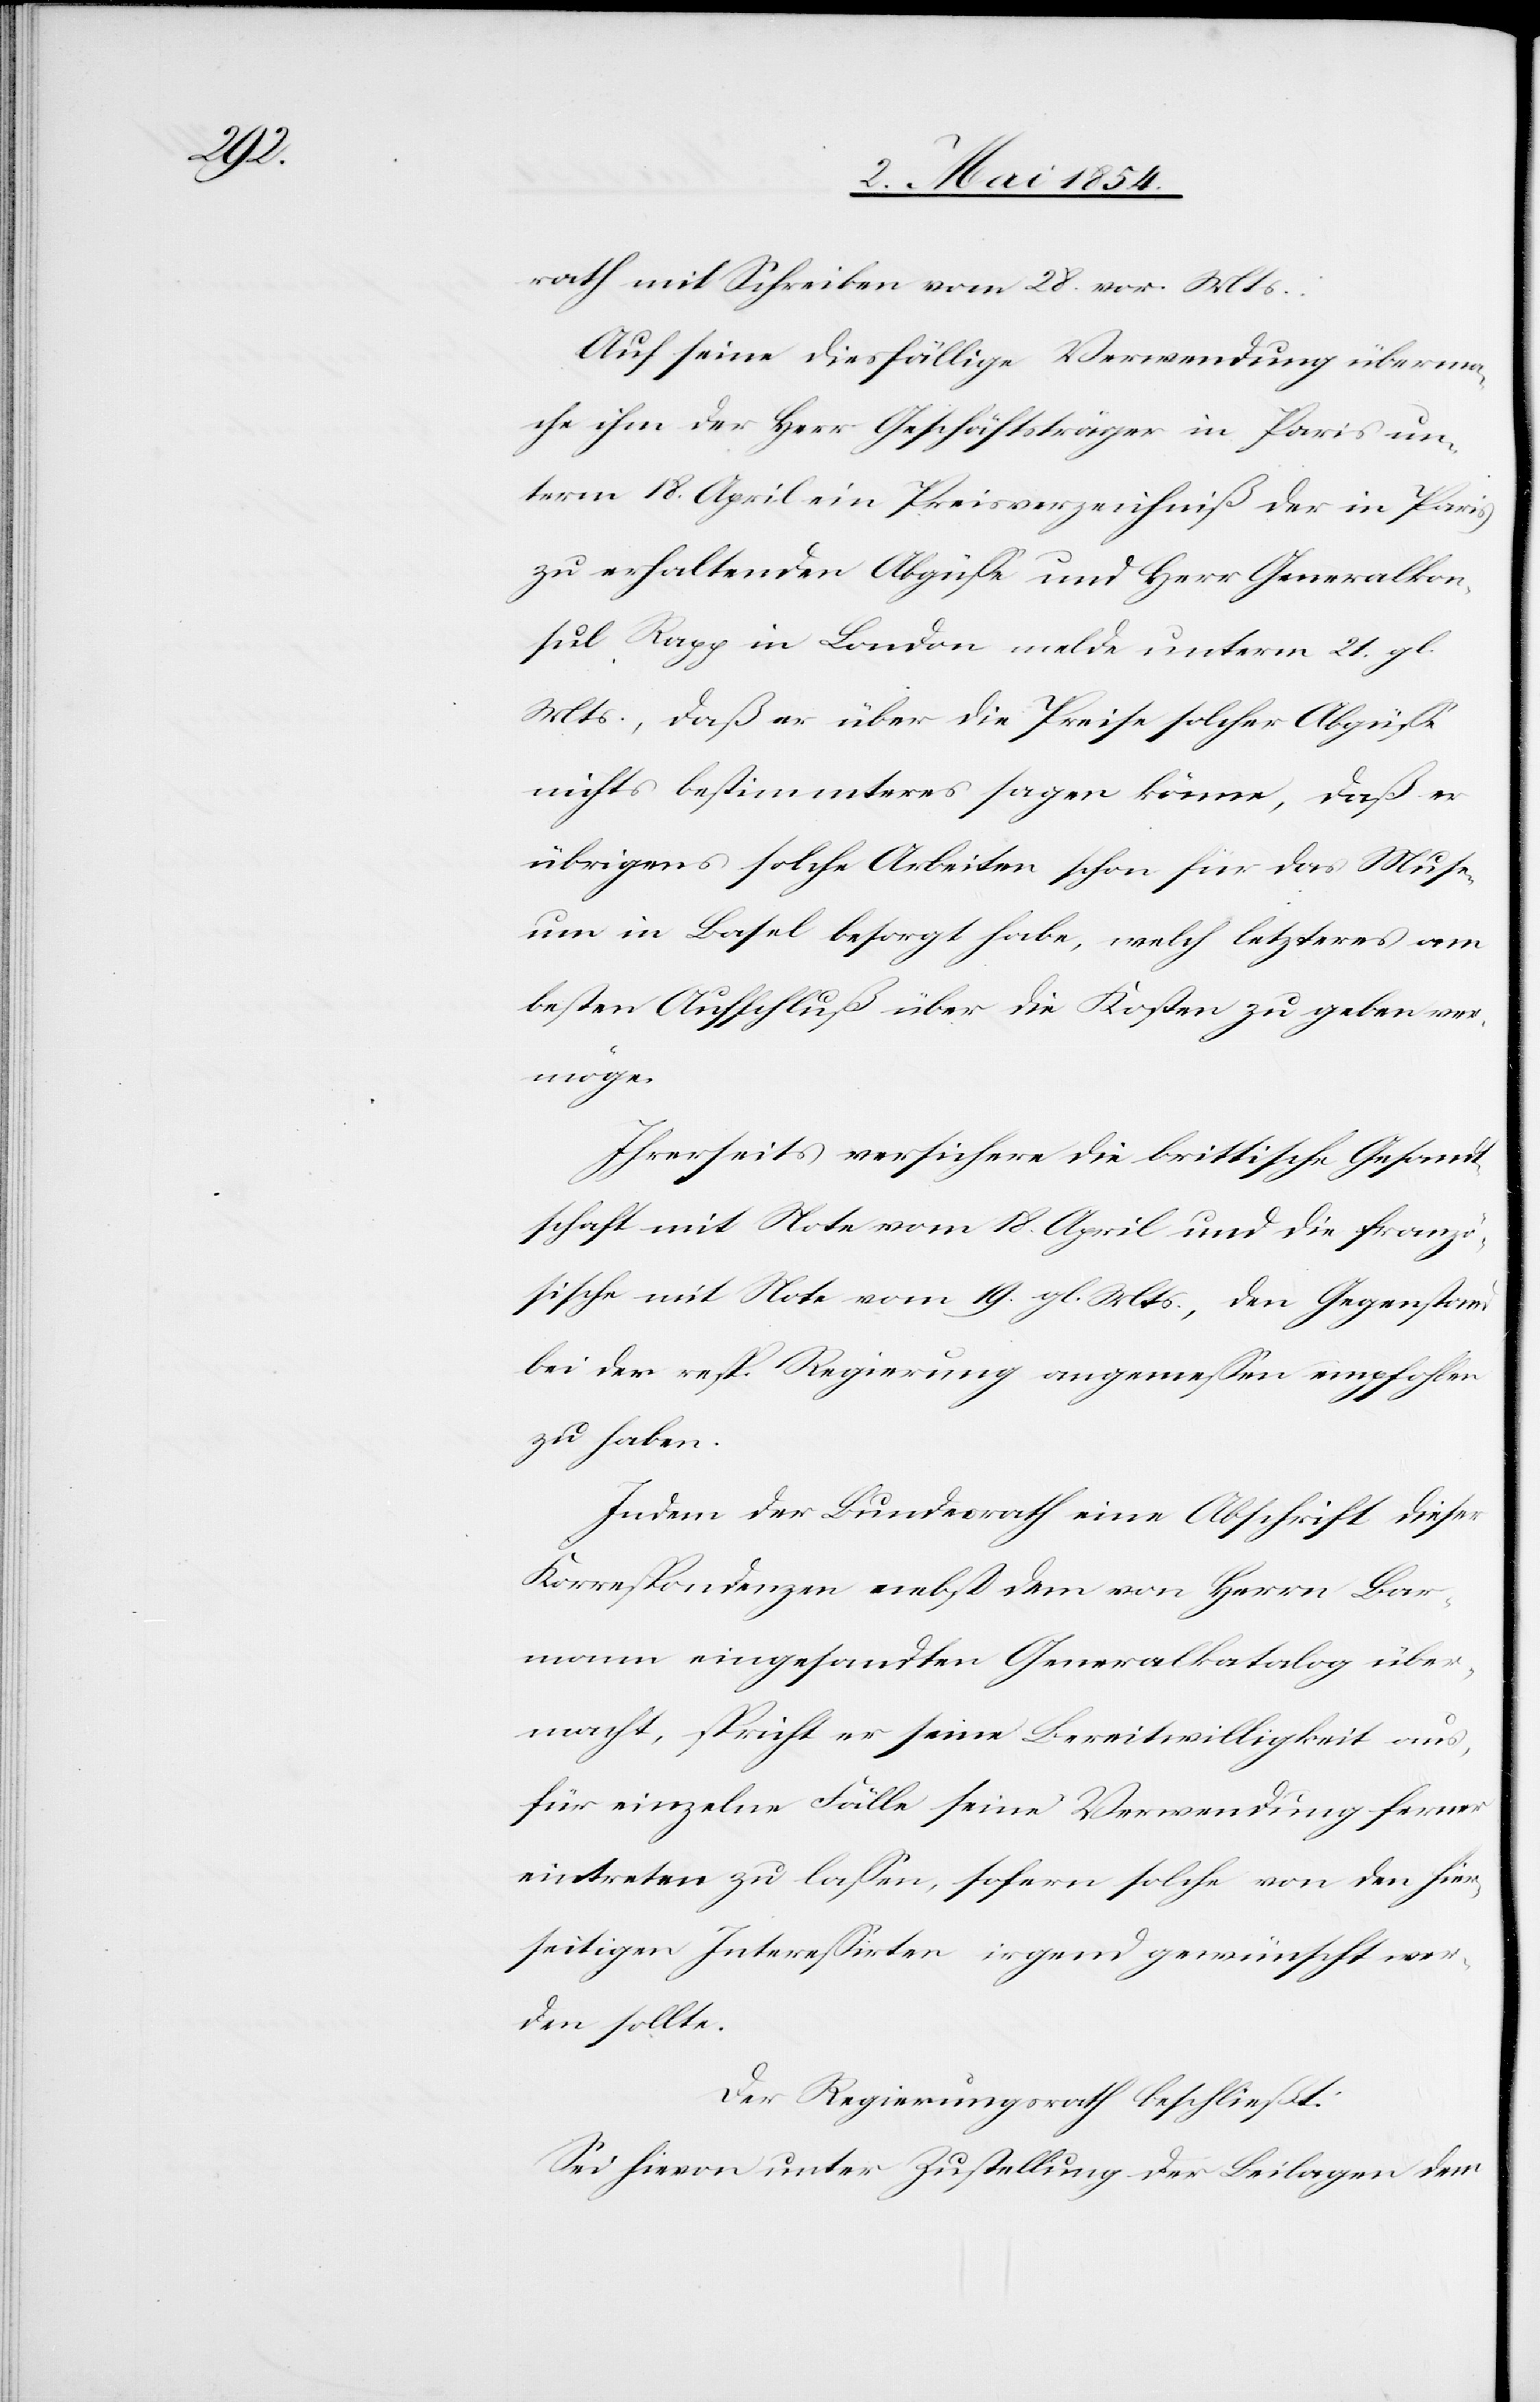
rath mit Schreiben vom 28. vor. Mts.:
Auf seine diesfällige Verwendung überma¬
che ihm der Herr Geschäftsträger in Paris un¬
term 18. April ein Preisverzeichniß der in Paris
zu erhaltenden Abgüße und Herr Generalkon¬
sul Rapp in London melde unterm 21. gl.
Mts., daß er über die Preise solcher Abgüße
nichts bestimmteres sagen könne, daß er
übrigens solche Arbeiten schon für das Muse¬
um in Basel besorgt habe, welch letzteres am
besten Aufschluß über die Kosten zu geben ver¬
möge.
Ihrerseits versichere die brittische Gesandt¬
schaft mit Note vom 18. April und die franzö¬
sische mit Note vom 19. gl. Mts., den Gegenstand
bei der resp. Regierung angemeßen empfohlen
zu haben.
Indem der Bundesrath eine Abschrift dieser
Korrespondenzen nebst dem von Herrn Bar¬
mann eingesandten Generalkatalog über¬
macht, spricht er seine Bereitwilligkeit aus,
für einzelne Fälle seine Verwendung ferner
eintreten zu laßen, sofern solche von den hier¬
seitigen Intereßirten irgend gewünscht wer¬
den sollte.
Der Regierungsrath beschließt:
Sei hievon unter Zustellung der Beilagen dem